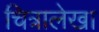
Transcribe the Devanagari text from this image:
चित्रालेखा